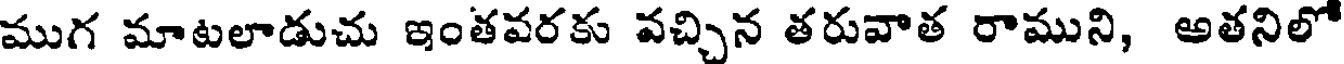
ముగ మాటలాడుచు ఇంతవరకు వచ్చిన తరువాత రాముని, అతనిలో